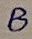
Text: B